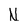
Character: N